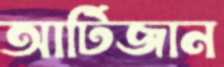
আর্টিজান